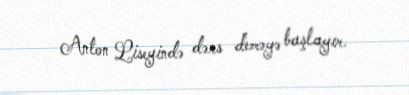
Anton Liseyində dərs deməyə başlayır.